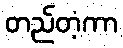
တည်တံ့ကာ